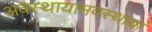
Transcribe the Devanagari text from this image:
अवस्थायामवस्थायां